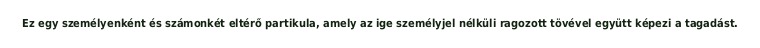
Ez egy személyenként és számonkét eltérő partikula, amely az ige személyjel nélküli ragozott tövével együtt képezi a tagadást.